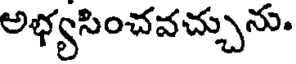
అభ్యసించవచ్చును.